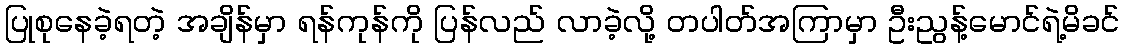
ပြုစုနေခဲ့ရတဲ့ အချိန်မှာ ရန်ကုန်ကို ပြန်လည် လာခဲ့လို့ တပါတ်အကြာမှာ ဦးညွန့်မောင်ရဲ့မိခင်